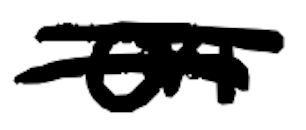
Text: on
Cross-out: double-line
Writing tool: digital_black